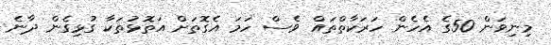
މިނިވަން 50ގެ އެހެން ހަރަކާތްތައް ވެސް ހަމަ އެގޮތަށް އަތޮޅުތަކާ ގުޅިގެން ދާނެ